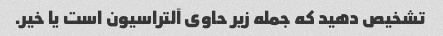
تشخیص دهید که جمله زیر حاوی آلتراسیون است یا خیر.